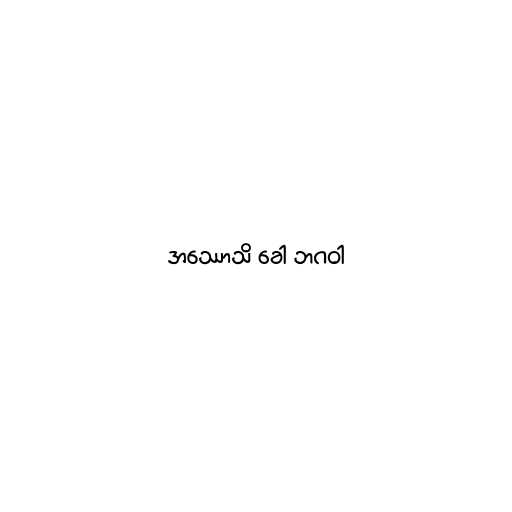
အဿောသိ ခေါ ဘဂဝါ